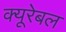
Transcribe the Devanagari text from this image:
क्यूरेबल